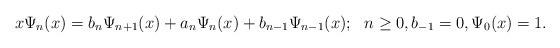
LaTeX: \begin{align*}x\Psi_n(x)=b_n\Psi_{n+1}(x)+a_n\Psi_n(x)+b_{n-1}\Psi_{n-1}(x);~~n\geq 0, b_{-1}=0, \Psi_0(x)=1.\end{align*}